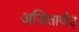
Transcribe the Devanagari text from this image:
अजितापीड़